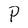
Character: P